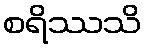
စရိဿသိ